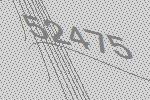
52475